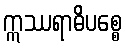
ဣဿရာဓိပစ္စေ